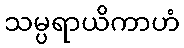
သမ္ပရာယိကာဟံ